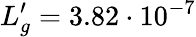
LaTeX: L_{g}^{\prime}=3.82\cdot 10^{-7}